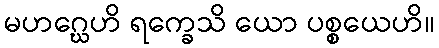
မဟဂ္ဃေဟိ ရက္ခေသိ ယော ပစ္စယေဟိ။